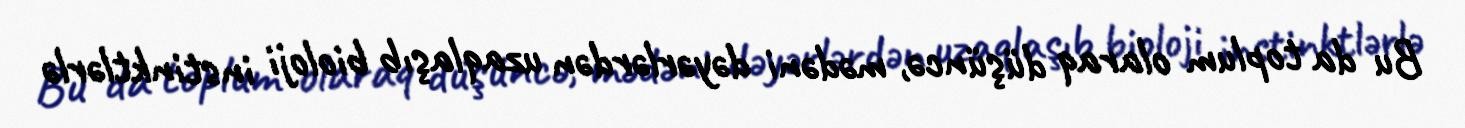
Bu da toplum olaraq düşüncə, mədəni dəyərlərdən uzaqlaşıb bioloji instinktlərlə